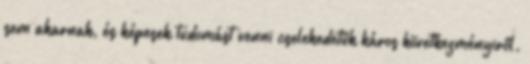
sem akarnak, és képesek tudomást venni cselekedetük káros következményiről.